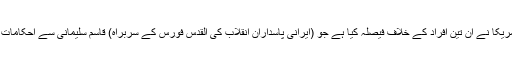
انہوں نے کہا کہ امریکا نے ان تین افراد کے خلاف فیصلہ کیا ہے جو (ایرانی پاسداران انقلاب کی القدس فورس کے سربراہ) قاسم سليمانی سے احکامات وصول کرتے ہیں۔